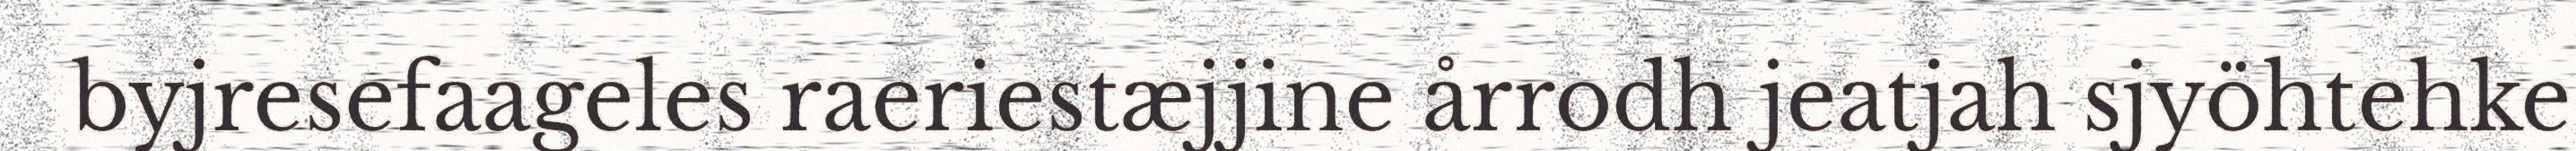
byjresefaageles raeriestæjjine årrodh jeatjah sjyöhtehke